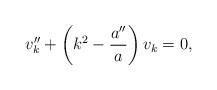
LaTeX: \begin{align*}v_k''+\left(k^2-\frac{a''}{a}\right) v_k=0,\end{align*}